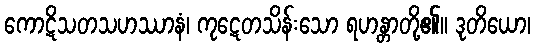
ကောဋိသတသဟဿာနံ၊ ကုဋေတသိန်းသော ရဟန္တာတို့၏။ ဒုတိယော၊